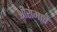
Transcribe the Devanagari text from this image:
श्रीरामाचे